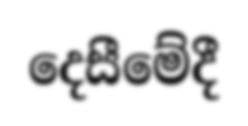
දෙසීමේදී